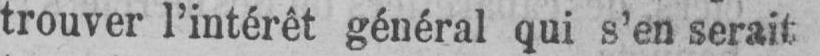
trouver l’intérêt général qui s’en serait